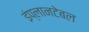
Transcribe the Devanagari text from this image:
इंप्लानटेबल